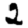
Digit: 2